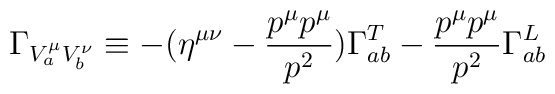
\Gamma_{V^\mu_a V^\nu _b} \equiv - \bigl( \eta ^{\mu \nu} - {p^\mu p^\mu \over p^2 } \bigr) \Gamma^T_{ab}- {p^\mu p^\mu \over p^2 }  \Gamma^L_{ab}